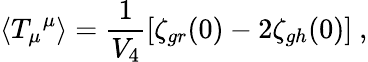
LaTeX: \langle{T_{\mu}}^{\mu}\rangle=\frac{1}{V_{4}}\left[\zeta_{gr}(0)-2\zeta_{gh}(0)\right]\ ,